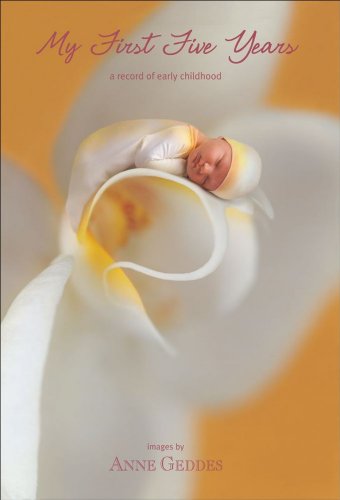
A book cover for My First Five Years - Flower (Cover Image May Vary); Anne Geddes; Crafts, Hobbies & Home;